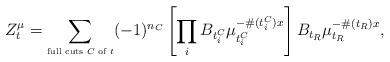
LaTeX: \begin{align*}Z_t^\mu= \sum_{\mbox{\tiny full cuts $C$ of $t$}}(-1)^{n_C}\left[\prod_i B_{t^C_i} \mu_{t^C_i}^{-\#(t^C_i) x}\right]B_{t_R}\mu_{t_R}^{-\#(t_R) x},\end{align*}